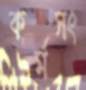
কর্মসং